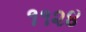
૧૧૨૪